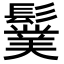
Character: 𩯏